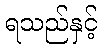
ရသည်နှင့်